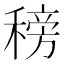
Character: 䅭